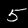
Digit: 5